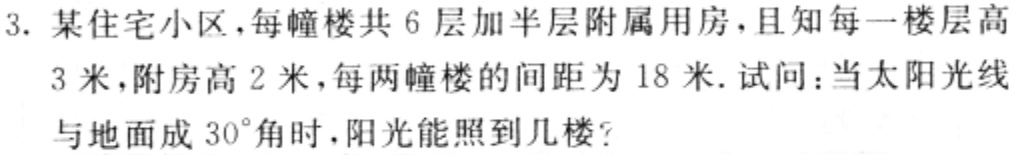
3. 某住宅小区，每幢楼共 6 层加半层附属用房，且知每一楼层高

3 米，附房高 2 米，每两幢楼的间距为 18 米. 试问：当太阳光线

与地面成 30°角时，阳光能照到几楼？